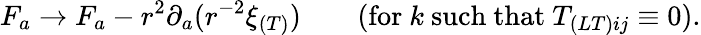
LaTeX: F_{a}\to F_{a}-r^{2}\partial_{a}(r^{-2}\xi_{(T)})\qquad(\mathrm{for}\ k\ \mathrm{such~that}\ T_{(LT)ij}\equiv 0).